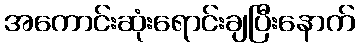
အကောင်းဆုံးရောင်းချပြီးနောက်